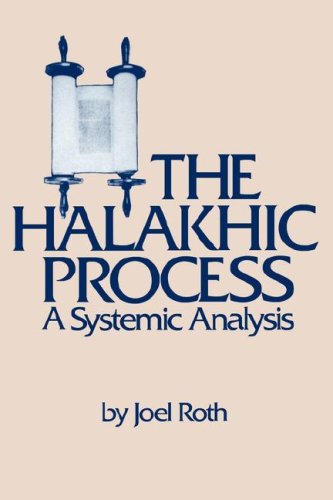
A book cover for The Halakhic Process: A Systematic Analysis (Moreshet); Joel Roth; Religion & Spirituality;